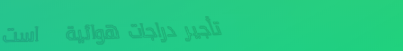
تأجير دراجات هوائية   است